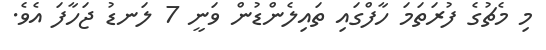
މި މެޗުގެ ފުރަތަމަ ހާފްގައި ތައިލެންޑުން ވަނީ 7 ލަނޑު ޖަހާފަ އެވެ.